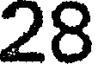
28